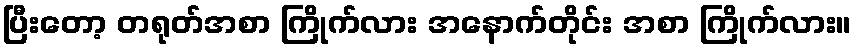
ပြီးတော့ တရုတ်အစာ ကြိုက်လား အနောက်တိုင်း အစာ ကြိုက်လား။